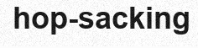
hop-sacking